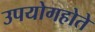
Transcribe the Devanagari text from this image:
उपयोगहोते